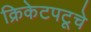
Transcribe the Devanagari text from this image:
क्रिकेटपटूचे